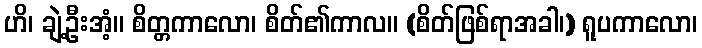
ဟိ၊ ချဲ့ဦးအံ့။ စိတ္တကာလော၊ စိတ်၏ကာလ။ (စိတ်ဖြစ်ရာအခါ၊) ရူပကာလော၊